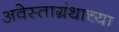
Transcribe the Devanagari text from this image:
अवेस्ताग्रंथाच्या